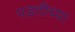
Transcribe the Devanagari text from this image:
पडतीच्या